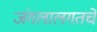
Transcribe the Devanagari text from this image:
जंगलालगतचे